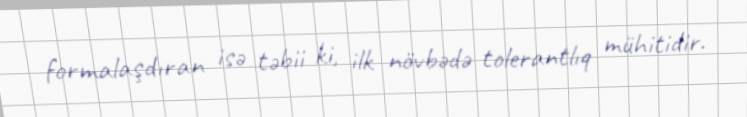
formalaşdıran isə təbii ki, ilk növbədə tolerantlıq mühitidir.